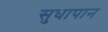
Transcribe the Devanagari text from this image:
सुधापान